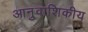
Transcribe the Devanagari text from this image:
आनुवाशिकीय